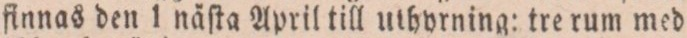
finnas den 1 näſta April till uthyrning: tre rum med